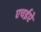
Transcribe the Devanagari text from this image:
एचईऐ